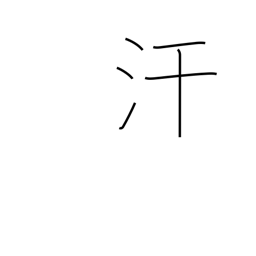
Meaning: perspire